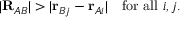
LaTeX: | \mathbf { R } _ { A B } | > | \mathbf { r } _ { B j } - \mathbf { r } _ { A i } | \quad { \mathrm { f o r ~ a l l ~ } } i , j .